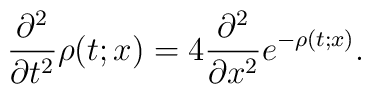
\frac{\partial ^2}{\partial t^2}\rho(t;x)=4\frac{\partial^2}{\partial x^2}e^{-\rho(t;x)}.